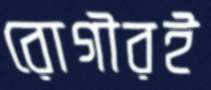
রোগীরই